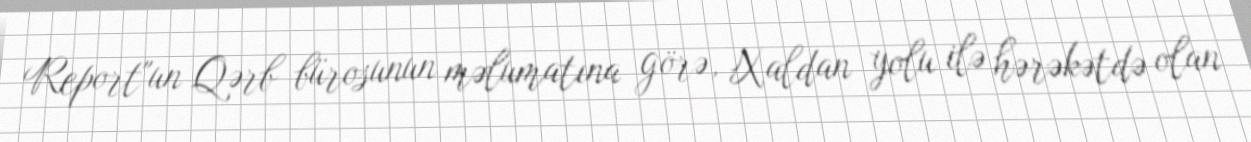
Report"un Qərb bürosunun məlumatına görə, Xaldan yolu ilə hərəkətdə olan